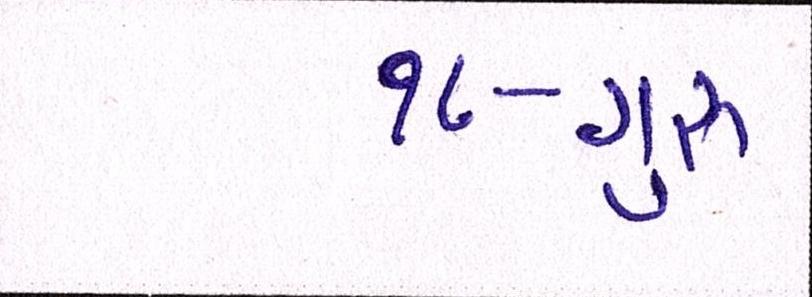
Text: ૧૮-ગુરૂ